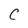
Character: C